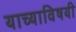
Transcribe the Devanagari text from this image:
याच्याविषयी